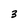
Character: 3